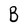
Character: B